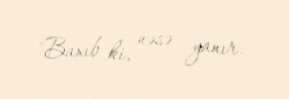
"Baxıb ki, nəsə yanır.